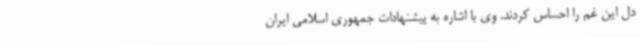
دل این غم را احساس کردند. وی با اشاره به پیشنهادات جمهوری اسلامی ایران